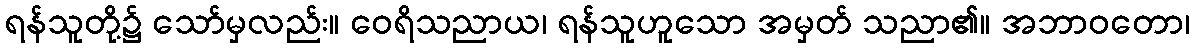
ရန်သူတို့၌ သော်မှလည်း။ ဝေရိသညာယ၊ ရန်သူဟူသော အမှတ် သညာ၏။ အဘာဝတော၊